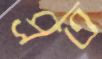
প্রত